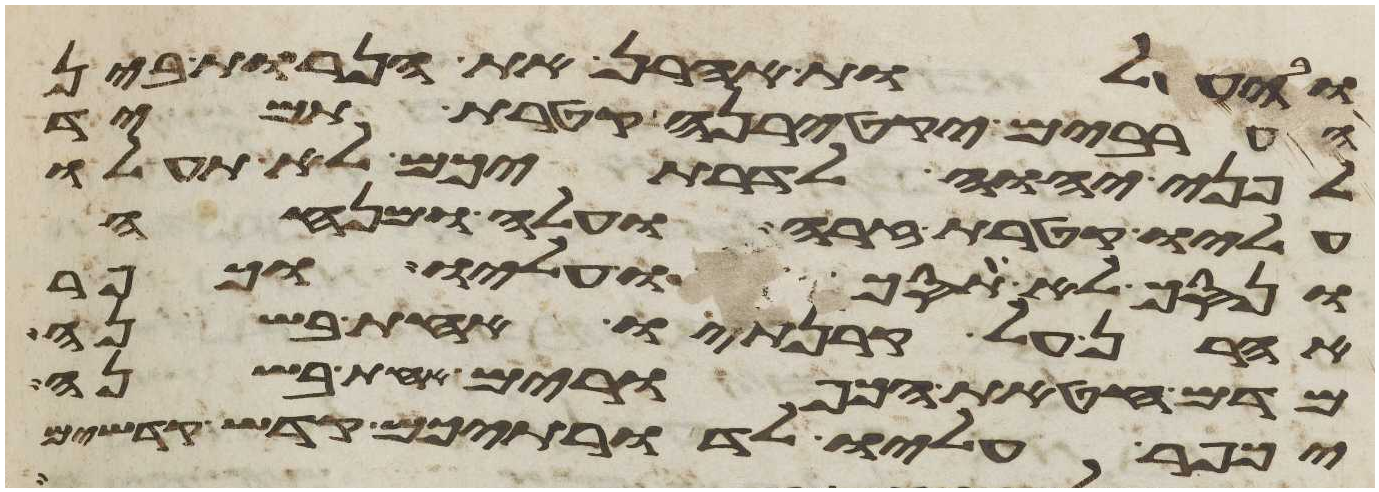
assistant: ובהעלות אהרן את הנרות בין
הערבים יקטירנה קטרת תמיד
לפני יהוה לדרתיכם לא תעלו
עליו קטרת זרה ועלה ומנחה
ונסך לא תסכו עליו וכפר
אהרן על קרנתיו אחת בשנה
מדם חטאת הכפורים אחת בשנה
יכפר עליו לדרתיכם קדש קדשים